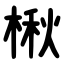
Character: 楸